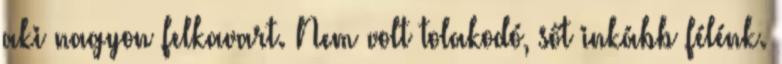
aki nagyon felkavart. Nem volt tolakodó, sőt inkább félénk.